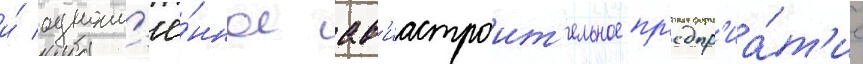
и́ одноим'ё́нное ав'иастроит'ельное пр'едпр'иа́т'ие